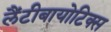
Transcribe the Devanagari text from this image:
लैंटीबायोटिक्स